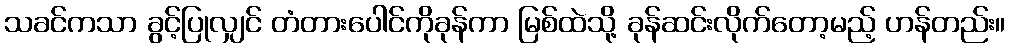
သခင်ကသာ ခွင့်ပြုလျှင် တံတားပေါင်ကိုခုန်ကာ မြစ်ထဲသို့ ခုန်ဆင်းလိုက်တော့မည့် ဟန်တည်း။